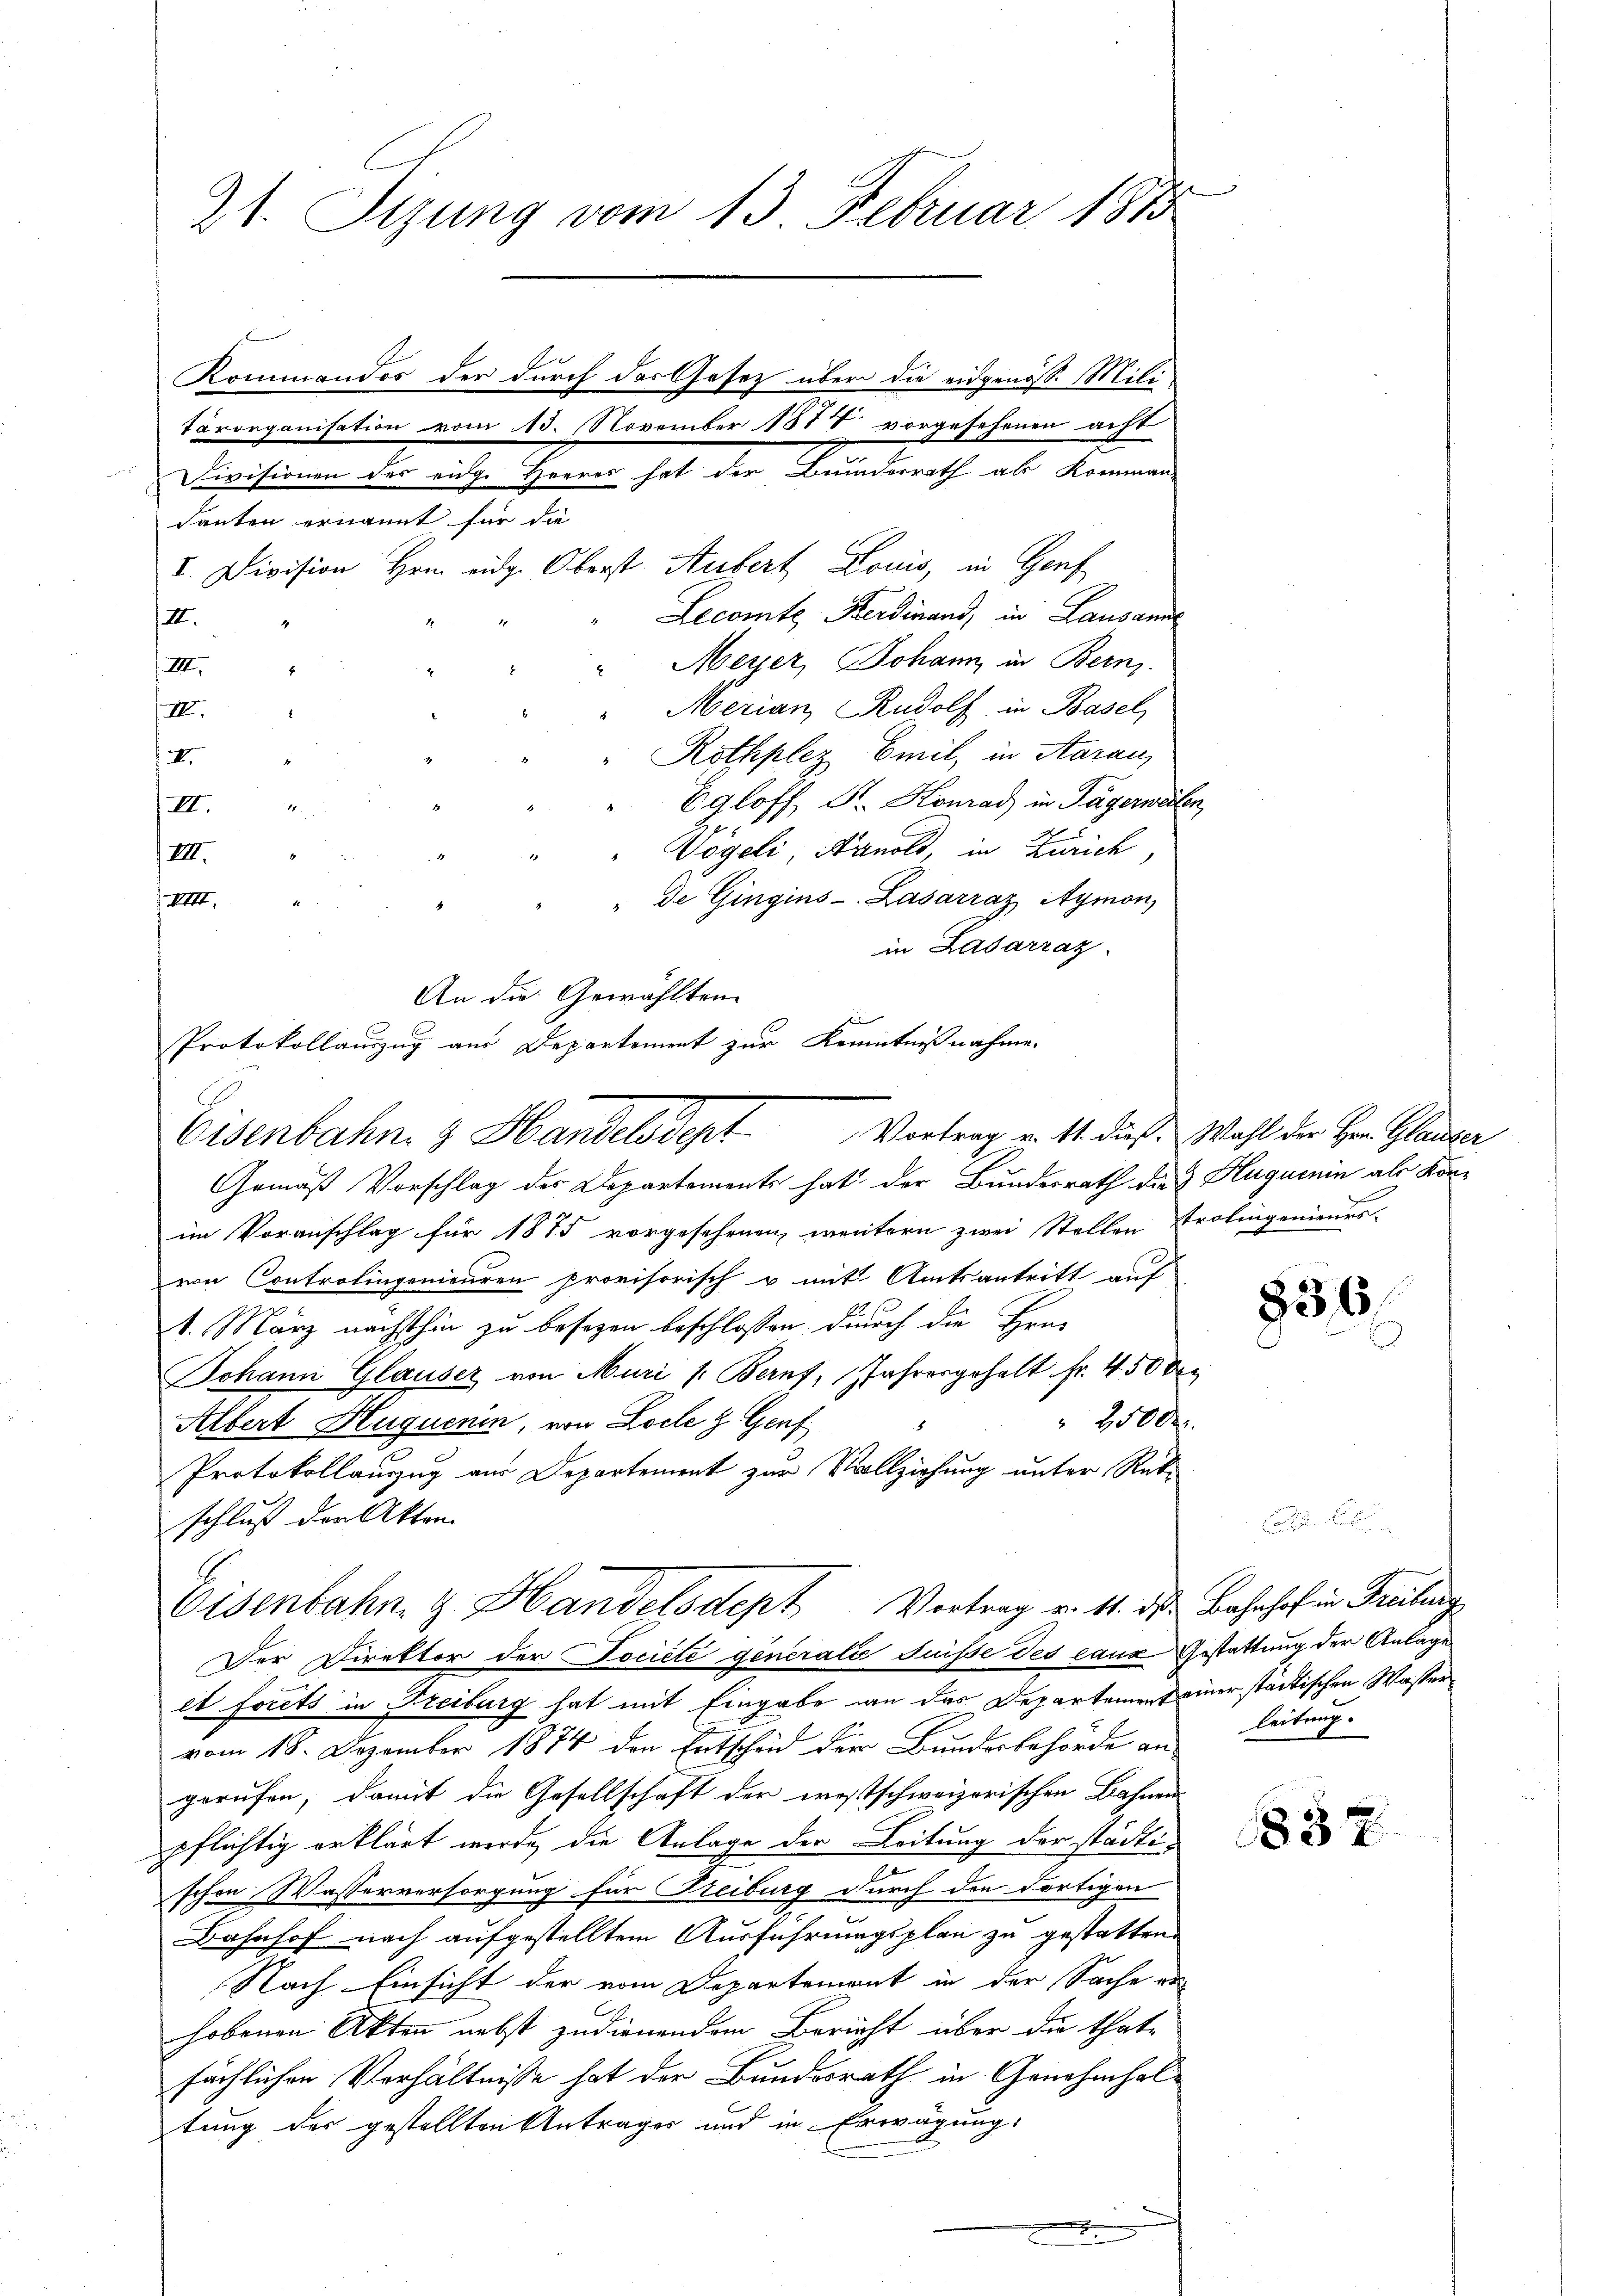
21. Sizung vom 13 Februar 1873

Kommandos der durch das Gesetz über die eidgenöss. Mili
danten ernannt für die
I. Division Hrn. eidg. Oberst Aufert Louis, in Genf
Lecomte Sterdinand, in Lausanne
12.
Meyer, Johann in Bern.
IIII.
.
Merian, Rudolf in Basel,
III.
8
" Rothplez Emil, in Aarau
.
u
Egloff, S. Konrad in Tägerweite
1
III.
"" Vögeli, Arnold, in Zürich,
III.
" de Gingins-Lasarraz Aymon,
VIII.
in Lasarraz.
An die Gewählten
Gemäß Vorschlag der Departements hat der Bundesrath die 3 Huquenin als Kon-
im Voranschlag für 1875 vorgesehenen, weitern zwei Stellen Frolingenieurs
von Controlingenieuren provisorisch u mit Amtsantritt auf
1. März nächsthin zu besezen beschlossen durch die Hru¬
Johann Glauser von Muri s. Bern, Jahresgehalt fr. 450 Fr.
2500
Albert Huguenin, von Loche & Genf
Protokollauszug aus Departement zur Vollziehung unter Rükschluß den Akten
Eisenbahn & Handelsdept Vortrag v. 4. des Bahnhof in Freiburg
Der Direktor der Societe generalis Füsse des caus Gestattung der Anlage
et forets in Freiburg hat mit Eingabe an das Departement einer städtischen Wassen
vom 18. Dezember 1874 den Entscheid der Bundesbehörde an leitung
gerufen, damit die Gesellschaft der westschweizerischen Bahnen
pflichtig erklärt werde, die Anlage der Leitung der städtischon Wasserversorgung für Reiburg durch die dortigen
Bahnhof nach aufgestelltem Ausführungsplan zu gestatten.
Nach Einsicht der vom Departement in der Sache an-
hobenen Akten nebst zudienendem Bericht über die thate
sächlichen Verhältnisse hat der Bundesrath in Genehmhaltung des gestellten Antrages und in Erwägung:

tärorganisation vom 13. November 1877 vorgesehenen acht
Divisionen des eidg. Heeres hat der Bunderrath als Kommen-

Protokollauszug aus Departement zur Kenntnißnahme.
Eisenbahn & Handelsdept Vortrag v. 11. dieß. Wahl der Her Glauber

836

1837.